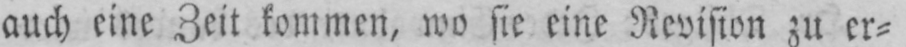
auch eine Zeit kommen, wo sie eine Revision zu er⸗